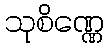
သုစိဏ္ဏေ